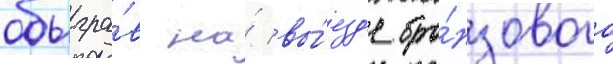
обыгра́в на́ вы́езд'е бро́нзового